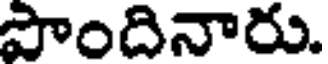
పొందినారు.